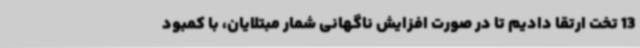
13 تخت ارتقا دادیم تا در صورت افزایش ناگهانی شمار مبتلایان، با کمبود